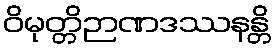
ဝိမုတ္တိဉာဏဒဿနန္တိ